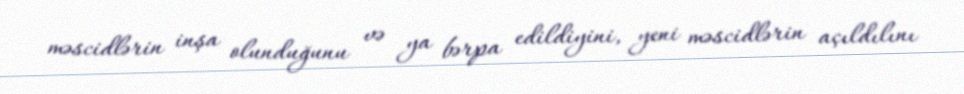
məscidlərin inşa olunduğunu və ya bərpa edildiyini, yeni məscidlərin açıldılını